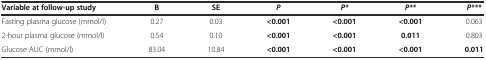
<table><thead><tr><td><b>Variable at follow-up study</b></td><td><b>B</b></td><td><b>SE</b></td><td><b><i>P</i></b></td><td><b><i>P*</i></b></td><td><b><i>P**</i></b></td><td><b><i>P***</i></b></td></tr></thead><tbody><tr><td>Fasting plasma glucose (mmol/l)</td><td>0.27</td><td>0.03</td><td><b>&lt;0.001</b></td><td><b>&lt;0.001</b></td><td><b>&lt;0.001</b></td><td>0.063</td></tr><tr><td>2-hour plasma glucose (mmol/l)</td><td>0.54</td><td>0.10</td><td><b>&lt;0.001</b></td><td><b>&lt;0.001</b></td><td><b>0.011</b></td><td>0.803</td></tr><tr><td>Glucose AUC (mmol/l)</td><td>83.04</td><td>10.84</td><td><b>&lt;0.001</b></td><td><b>&lt;0.001</b></td><td><b>&lt;0.001</b></td><td><b>0.011</b></td></tr></tbody></table>